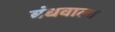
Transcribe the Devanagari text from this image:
बंधवाला